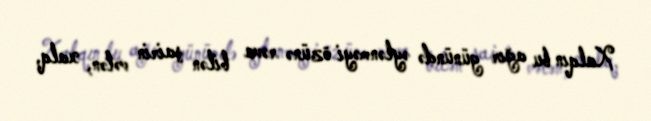
Xalqın bu ağır günündə əylənməyi özünə rəva bilən şairin vətən, xalq,